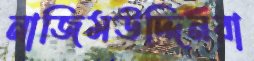
নাজিমউদ্দিনরা